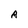
Character: A